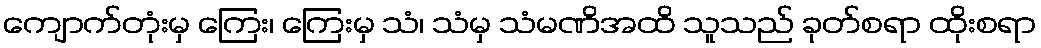
ကျောက်တုံးမှ ကြေး၊ ကြေးမှ သံ၊ သံမှ သံမဏိအထိ သူသည် ခုတ်စရာ ထိုးစရာ